Annual administration report of the Civil Veterinary Department of India - 1895-1896
Year: 1895
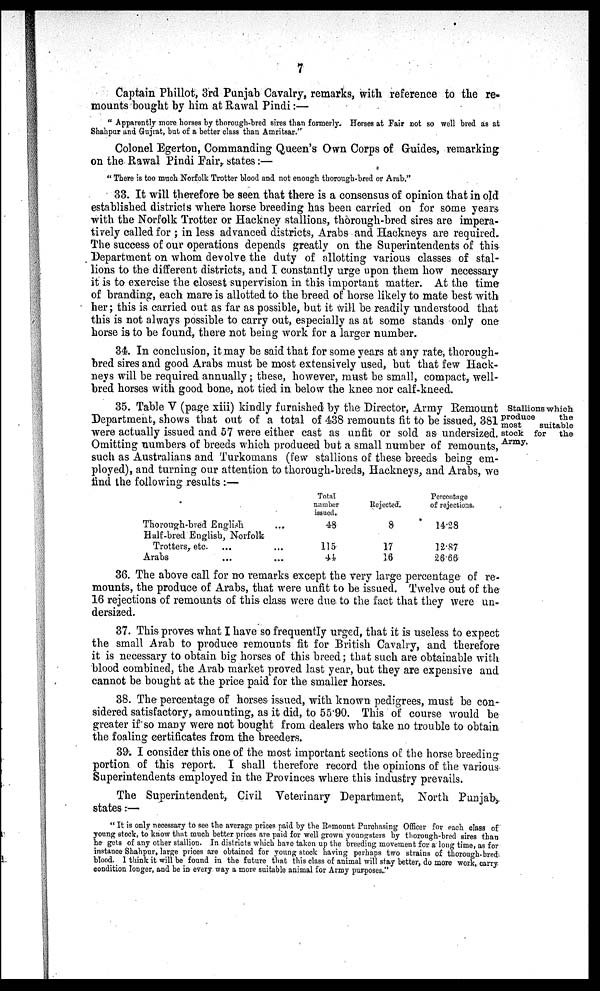
7
Captain Phillot, 3rd Punjab Cavalry, remarks, with reference to the re-
mounts bought by him at Rawal Pindi:—
"Apparently more horses by thorough-bred sires than formerly. Horses at Fair not so well bred as at
Shahpur and Gujrat, but of a better class than Amritsar."
Colonel Egerton, Commanding Queen's Own Corps of Guides, remarking
on the Rawal Pindi Fair, states:—
"There is too much Norfolk Trotter blood and not enough thorough-bred or Arab."
33. It will therefore be seen that there is a consensus of opinion that in old
established districts where horse breeding has been carried on for some years
with the Norfolk Trotter or Hackney stallions, thorough-bred sires are impera-
tively called for; in less advanced districts, Arabs and Hackneys are required.
The success of our operations depends greatly on the Superintendents of this
Department on whom devolve the duty of allotting various classes of stal-
lions to the different districts, and I constantly urge upon them how necessary
it is to exercise the closest supervision in this important matter. At the time
of branding, each mare is allotted to the breed of horse likely to mate best with
her; this is carried out as far as possible, but it will be readily understood that
this is not always possible to carry out, especially as at some stands only one
horse is to be found, there not being work for a larger number.
34. In conclusion, it may be said that for some years at any rate, thorough-
bred sires and good Arabs must be most extensively used, but that few Hack-
neys will be required annually; these, however, must be small, compact, well-
bred horses with good bone, not tied in below the knee nor calf-kneed.
Stallions which
produce
the
most
suitable
stock for
the
Army.
35. Table V (page xiii) kindly furnished by the Director, Army Remount
Department, shows that out of a total of 438 remounts fit to be issued, 381
were actually issued and 57 were either cast as unfit or sold as undersized.
Omitting numbers of breeds which produced but a small number of remounts,
such as Australians and Turkomans (few stallions of these breeds being em-
ployed), and turning our attention to thorough-breds, Hackneys, and Arabs, we
find the following results:-
Thorough-bred English ...
Half-bred English, Norfolk
Trotters, etc ... ...
Arabs ... ...
Total
namber
issued.
48
115
44
Rejected.
8
17
16
Percentage
of rejections.
14.28
12.87
26.66
36. The above call for no remarks except the very large percentage of re-
mounts, the produce of Arabs, that were unfit to be issued. Twelve out of the
16 rejections of remounts of this class were due to the fact that they were un-
dersized.
37. This proves what I have so frequently urged, that it is useless to expect
the small Arab to produce remounts fit for British Cavalry, and therefore
it is necessary to obtain big horses of this breed; that such are obtainable with
blood combined, the Arab market proved last year, but they are expensive and
cannot be bought at the price paid for the smaller horses.
38. The percentage of horses issued, with known pedigrees, must be con-
sidered satisfactory, amounting, as it did, to 55.90. This of course would be
greater if so many were not bought from dealers who take no trouble to obtain
the foaling certificates from the breeders.
39. I consider this one of the most important sections of the horse breeding
portion of this report. I shall therefore record the opinions of the various
Superintendents employed in the Provinces where this industry prevails.
The Superintendent, Civil Veterinary Department, North Punjab
states:—
"It is only necessary to see the average prices paid by the Remount Purchasing Officer for each class of
young stock, to know that much better prices are paid for well grown youngsters by thorough-bred sires than
he gets of any other stallion. In districts which have taken up the breeding movement for a long time, as for
instance Shahpur, large prices are obtained for young stock having perhaps two strains of thorough-bred,
blood. I think it will be found in the future that this class of animal will stay better, do more work, carry
condition longer, and be in every way a more suitable animal for Army purposes."